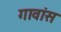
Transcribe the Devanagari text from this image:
गावांस